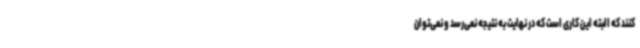
کنند که البته این کاری است که در نهایت به نتیجه نمی‌رسد و نمی‌توان